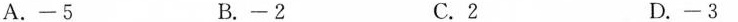
A.-5 B.-2 C.2 D.-3